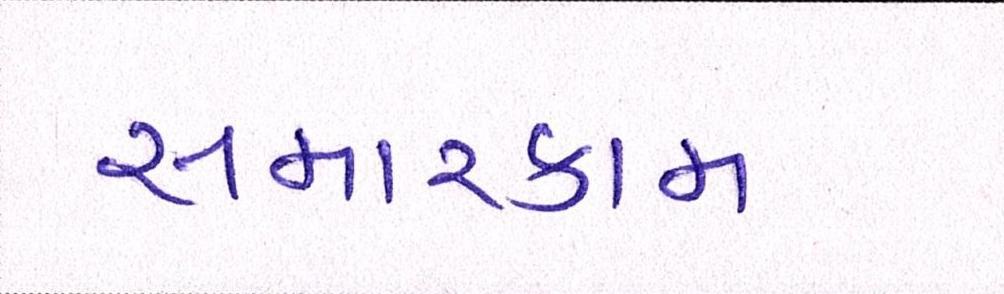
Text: સમારકામ